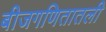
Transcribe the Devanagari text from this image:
बीजगणितातली